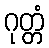
ဂုတ္တံ